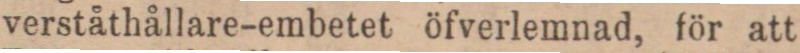
verståthållare-embetet öfverlemnad, för att